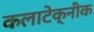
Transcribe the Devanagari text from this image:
कलाटेक्नीक